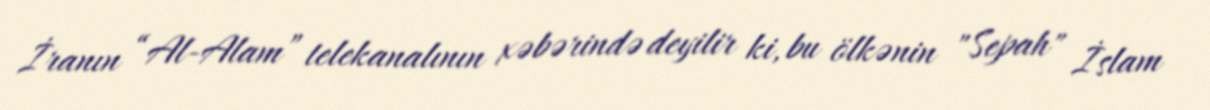
İranın “Al-Alam” telekanalının xəbərində deyilir ki, bu ölkənin "Sepah" İslam